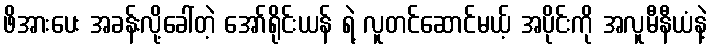
ဖိအားပေး အခန်းလို့ခေါ်တဲ့ အော်ရိုင်းယန် ရဲ့ လူတင်ဆောင်မယ့် အပိုင်းကို အလူမီနီယံနဲ့